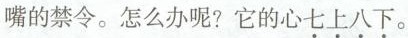
嘴的禁令。怎么办呢?它的心\underset{·}{七}\underset{·}{上}\underset{·}{八}\underset{·}{下}。